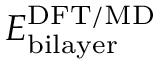
E _ { \mathrm { { b i l a y e r } } } ^ { \mathrm { { D F T / M D } } }